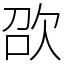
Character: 欩